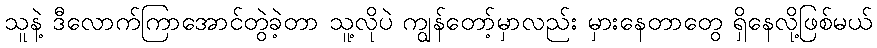
သူနဲ့ ဒီလောက်ကြာအောင်တွဲခဲ့တာ သူ့လိုပဲ ကျွန်တော့်မှာလည်း မှားနေတာတွေ ရှိနေလို့ဖြစ်မယ်